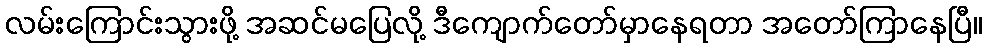
လမ်းကြောင်းသွားဖို့ အဆင်မပြေလို့ ဒီကျောက်တော်မှာနေရတာ အတော်ကြာနေပြီ။